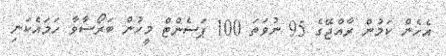
އެހެން ކަމުން ރާއްޖޭގެ 95 ނުވަތަ 100 ޕަސެންޓް މީހުން ބަރޯސާވާ ހަމައެކަނި